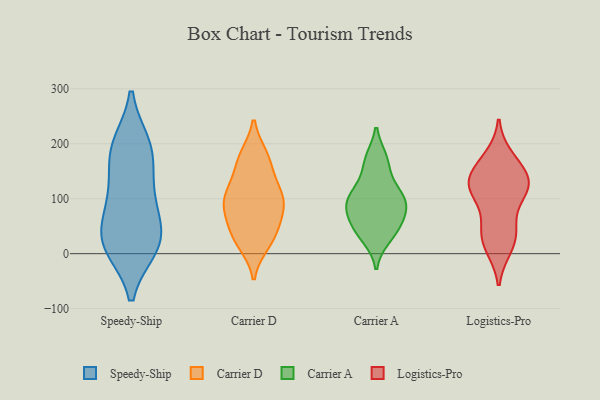
{"axis": {"x": "Humidity (%)", "y": "Value"}, "legend": ["Carrier A", "Carrier D", "Logistics-Pro", "Speedy-Ship"], "data": [{"x": "", "y": 198, "type": "Speedy-Ship"}, {"x": "", "y": 24, "type": "Speedy-Ship"}, {"x": "", "y": 22, "type": "Speedy-Ship"}, {"x": "", "y": 159, "type": "Speedy-Ship"}, {"x": "", "y": 13, "type": "Speedy-Ship"}, {"x": "", "y": 75, "type": "Speedy-Ship"}, {"x": "", "y": 12, "type": "Speedy-Ship"}, {"x": "", "y": 105, "type": "Speedy-Ship"}, {"x": "", "y": 100, "type": "Speedy-Ship"}, {"x": "", "y": 29, "type": "Speedy-Ship"}, {"x": "", "y": 197, "type": "Speedy-Ship"}, {"x": "", "y": 187, "type": "Speedy-Ship"}, {"x": "", "y": 106, "type": "Carrier D"}, {"x": "", "y": 176, "type": "Carrier D"}, {"x": "", "y": 95, "type": "Carrier D"}, {"x": "", "y": 34, "type": "Carrier D"}, {"x": "", "y": 52, "type": "Carrier D"}, {"x": "", "y": 171, "type": "Carrier D"}, {"x": "", "y": 20, "type": "Carrier D"}, {"x": "", "y": 86, "type": "Carrier D"}, {"x": "", "y": 83, "type": "Carrier D"}, {"x": "", "y": 103, "type": "Carrier D"}, {"x": "", "y": 126, "type": "Carrier D"}, {"x": "", "y": 84, "type": "Carrier D"}, {"x": "", "y": 43, "type": "Carrier D"}, {"x": "", "y": 136, "type": "Carrier D"}, {"x": "", "y": 178, "type": "Carrier D"}, {"x": "", "y": 18, "type": "Carrier D"}, {"x": "", "y": 75, "type": "Carrier A"}, {"x": "", "y": 40, "type": "Carrier A"}, {"x": "", "y": 100, "type": "Carrier A"}, {"x": "", "y": 104, "type": "Carrier A"}, {"x": "", "y": 29, "type": "Carrier A"}, {"x": "", "y": 48, "type": "Carrier A"}, {"x": "", "y": 66, "type": "Carrier A"}, {"x": "", "y": 172, "type": "Carrier A"}, {"x": "", "y": 129, "type": "Carrier A"}, {"x": "", "y": 96, "type": "Carrier A"}, {"x": "", "y": 169, "type": "Carrier A"}, {"x": "", "y": 92, "type": "Carrier A"}, {"x": "", "y": 44, "type": "Logistics-Pro"}, {"x": "", "y": 139, "type": "Logistics-Pro"}, {"x": "", "y": 117, "type": "Logistics-Pro"}, {"x": "", "y": 105, "type": "Logistics-Pro"}, {"x": "", "y": 144, "type": "Logistics-Pro"}, {"x": "", "y": 47, "type": "Logistics-Pro"}, {"x": "", "y": 38, "type": "Logistics-Pro"}, {"x": "", "y": 134, "type": "Logistics-Pro"}, {"x": "", "y": 11, "type": "Logistics-Pro"}, {"x": "", "y": 12, "type": "Logistics-Pro"}, {"x": "", "y": 170, "type": "Logistics-Pro"}, {"x": "", "y": 113, "type": "Logistics-Pro"}, {"x": "", "y": 132, "type": "Logistics-Pro"}, {"x": "", "y": 114, "type": "Logistics-Pro"}, {"x": "", "y": 176, "type": "Logistics-Pro"}]}